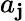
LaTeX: a_{\mathbf{j}}